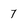
Character: 7